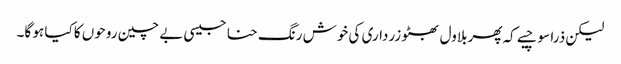
لیکن ذرا سوچیے کہ پھربلاول بھٹو زرداری کی خوش رنگ حنا جیسی بے چین روحوں کا کیا ہو گا۔